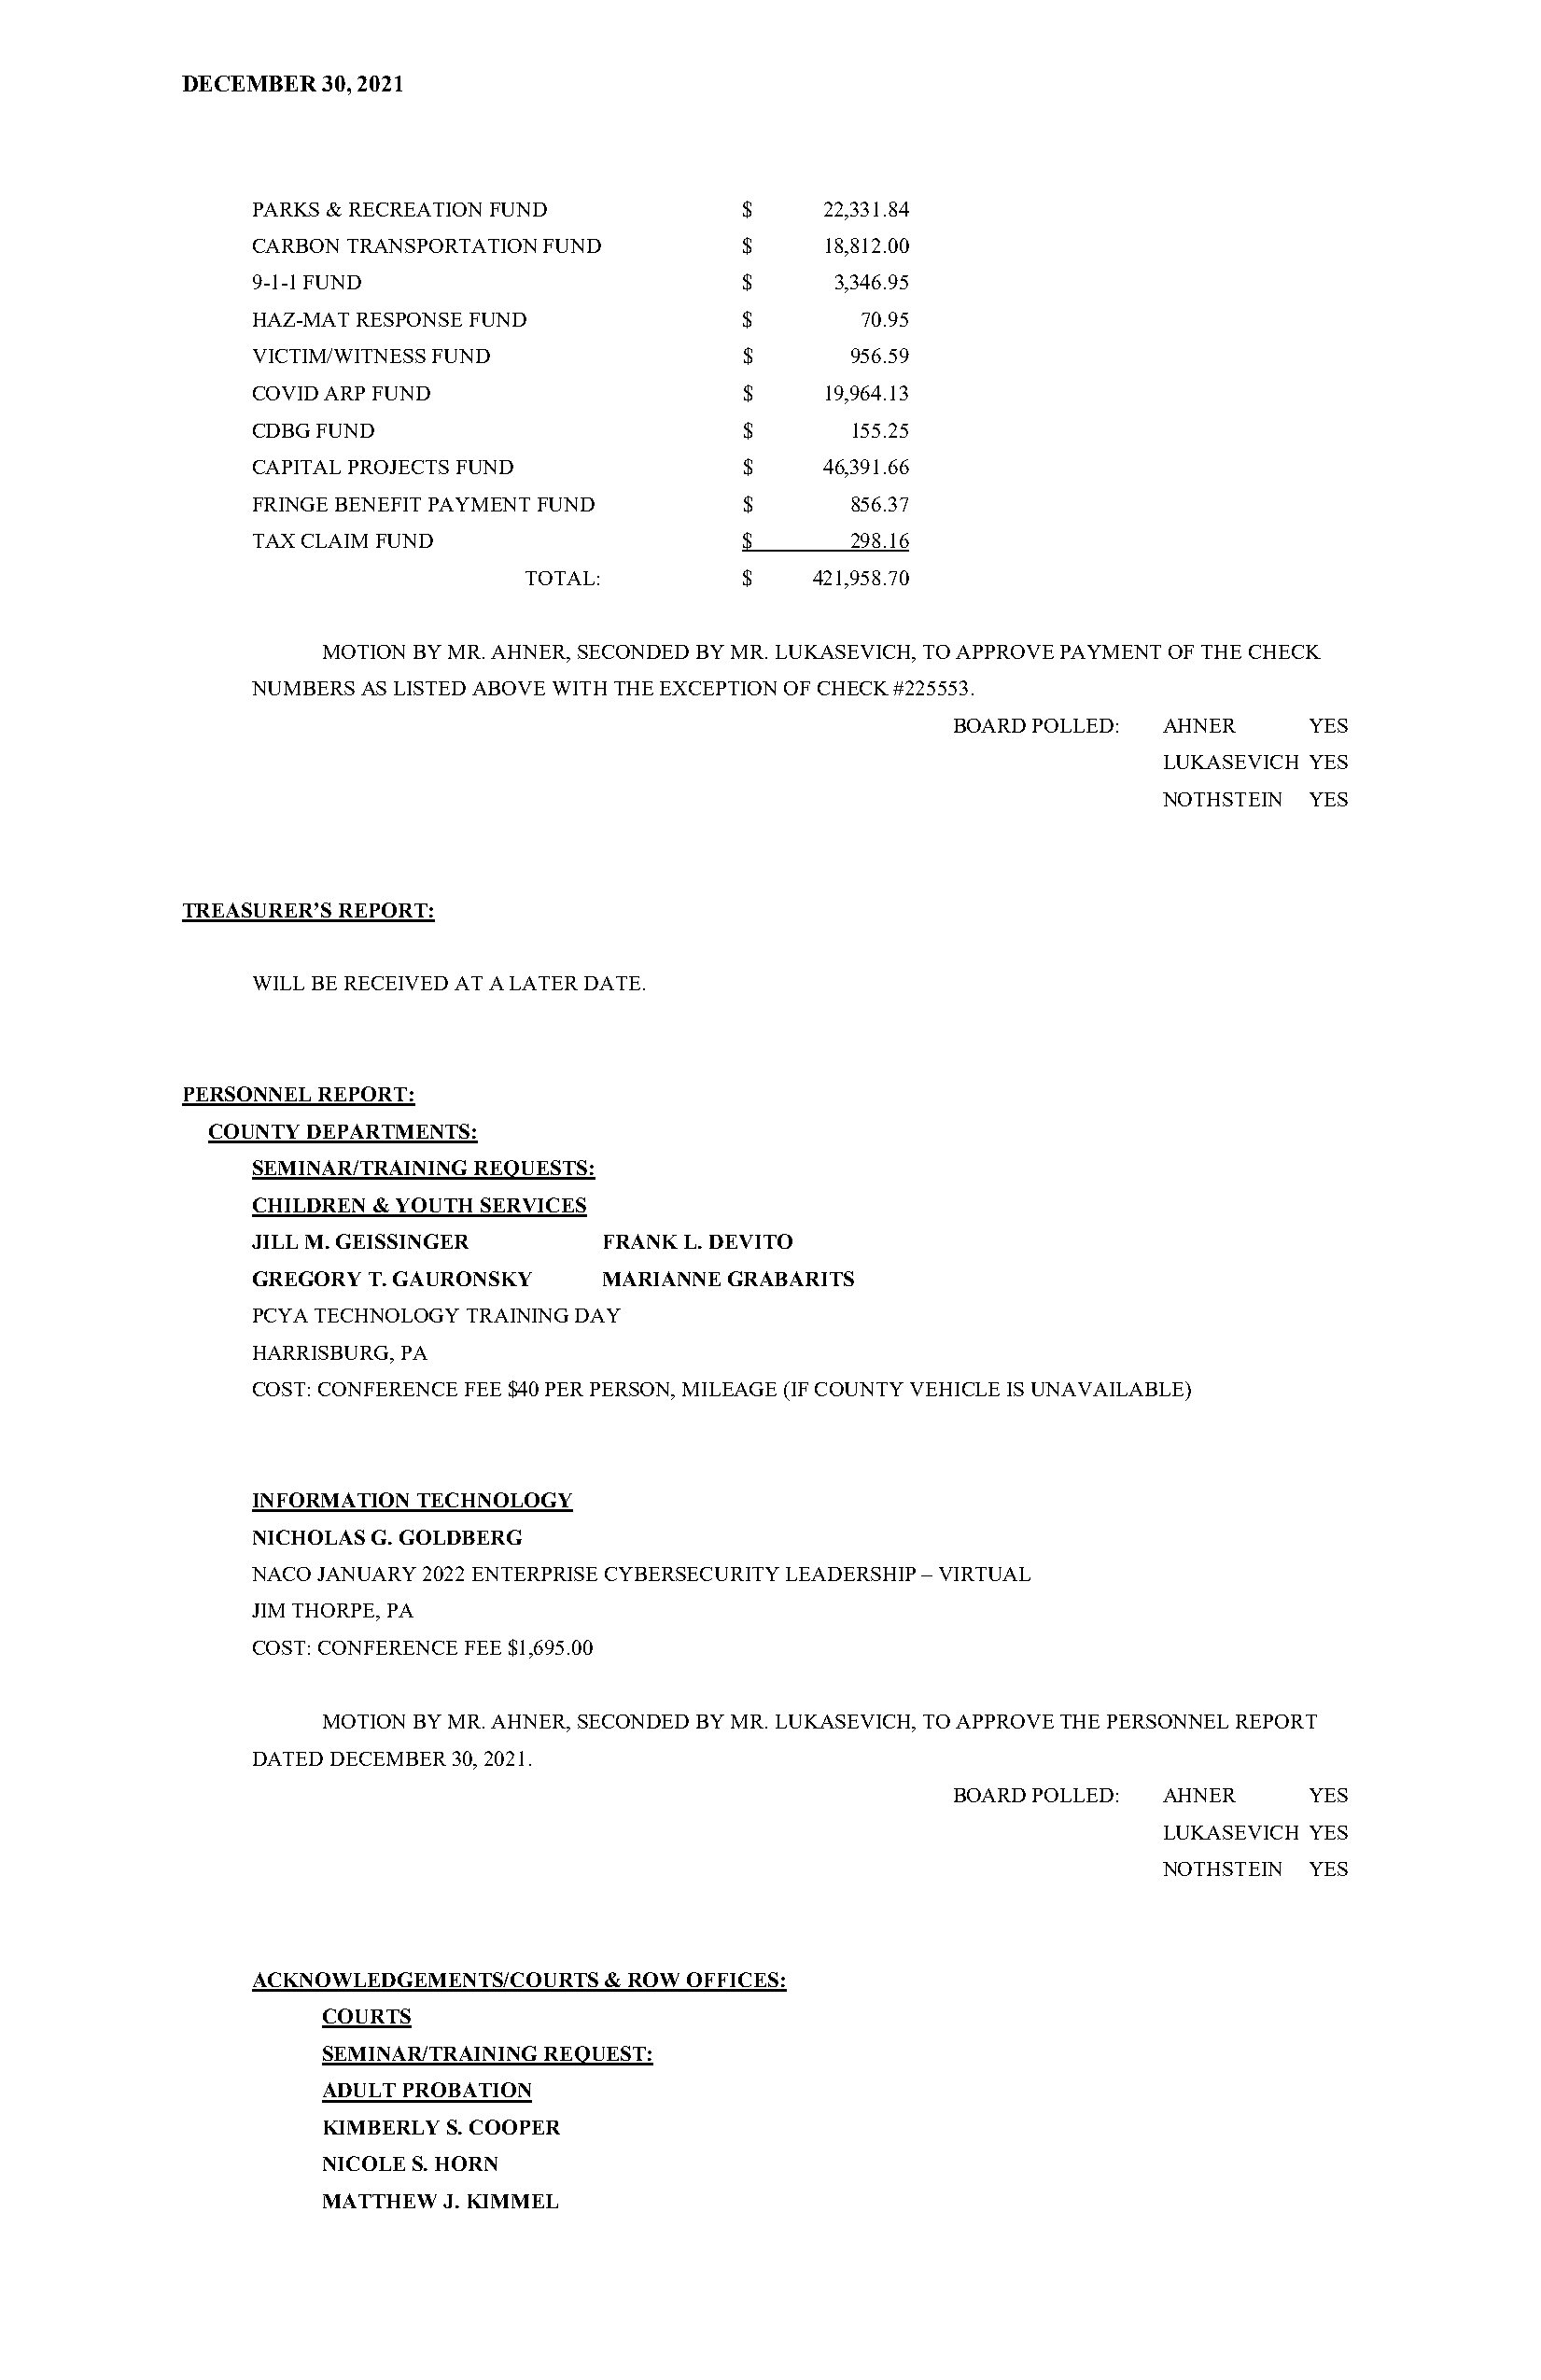
DECEMBER  30, 2021
 PARKS & RECREATION FUND            $    22,331.84
 CARBON TRANSPORTATION FUND         $    18,812.00
 9-1-1 FUND                         $     3,346.95
 HAZ-MAT RESPONSE FUND              $       70.95
 VICTIM/WITNESS FUND                $      956.59
 COVID ARP FUND                     $    19,964.13
 CDBG FUND                          $      155.25
 CAPITAL PROJECTS FUND              $    46,391.66
 FRINGE BENEFIT PAYMENT FUND        $      856.37
 TAX CLAIM FUND                     $      298.16
 TOTAL:          $    421,958.70
 MOTION BY MR. AHNER, SECONDED BY MR. LUKASEVICH, TO APPROVE PAYMENT OF THE CHECK
 NUMBERS AS LISTED ABOVE WITH THE EXCEPTION OF CHECK #225553.
 BOARD POLLED: AHNER      YES
 LUKASEVICH YES
 NOTHSTEIN  YES
 TREASURER’S REPORT:
 WILL BE RECEIVED AT A LATER DATE.
 PERSONNEL REPORT:
 COUNTY DEPARTMENTS:
 SEMINAR/TRAINING REQUESTS:
 CHILDREN & YOUTH SERVICES
 JILL M. GEISSINGER       FRANK L. DEVITO
 GREGORY T. GAURONSKY     MARIANNE GRABARITS
 PCYA TECHNOLOGY TRAINING DAY
 HARRISBURG, PA
 COST: CONFERENCE FEE $40 PER PERSON, MILEAGE (IF COUNTY VEHICLE IS UNAVAILABLE)
 INFORMATION TECHNOLOGY
 NICHOLAS G. GOLDBERG
 NACO JANUARY 2022 ENTERPRISE CYBERSECURITY LEADERSHIP – VIRTUAL
 JIM THORPE, PA
 COST: CONFERENCE FEE $1,695.00
 MOTION BY MR. AHNER, SECONDED BY MR. LUKASEVICH, TO APPROVE THE PERSONNEL REPORT
 DATED DECEMBER 30, 2021.
 BOARD POLLED: AHNER      YES
 LUKASEVICH YES
 NOTHSTEIN  YES
 ACKNOWLEDGEMENTS/COURTS  & ROW OFFICES:
 COURTS
 SEMINAR/TRAINING REQUEST:
 ADULT PROBATION
 KIMBERLY S. COOPER
 NICOLE S. HORN
 MATTHEW J. KIMMEL